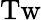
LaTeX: \mathrm{Tw}